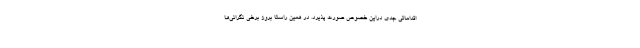
اقداماتی جدی دراین خصوص صورت پذیرد. در همین راستا بروز برخی نگرانی‌ها